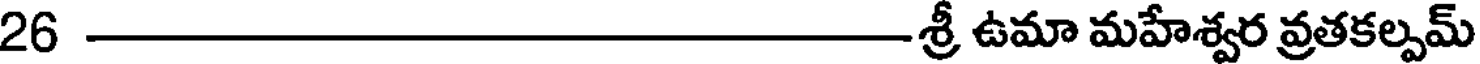
26శ్రీ ఉమా మహేశ్వర వ్రతకల్పమ్